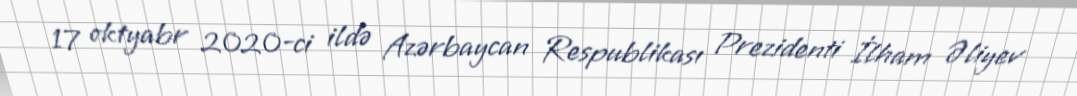
17 oktyabr 2020-ci ildə Azərbaycan Respublikası Prezidenti İlham Əliyev